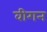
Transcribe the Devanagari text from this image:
वीगन